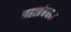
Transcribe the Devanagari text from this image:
महाप्रंबधक